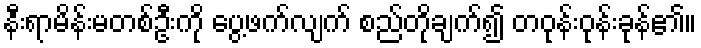
နီးရာမိန်းမတစ်ဦးကို ပွေ့ဖက်လျက် စည်တိုချက်၍ တဝုန်းဝုန်းခုန်၏။